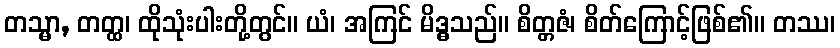
တသ္မာ, တတ္ထ၊ ထိုသုံးပါးတို့တွင်။ ယံ၊ အကြင် မိဒ္ဓသည်။ စိတ္တဇံ၊ စိတ်ကြောင့်ဖြစ်၏။ တဿ၊